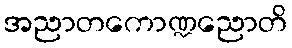
အညာတကောဏ္ဍညောတိ